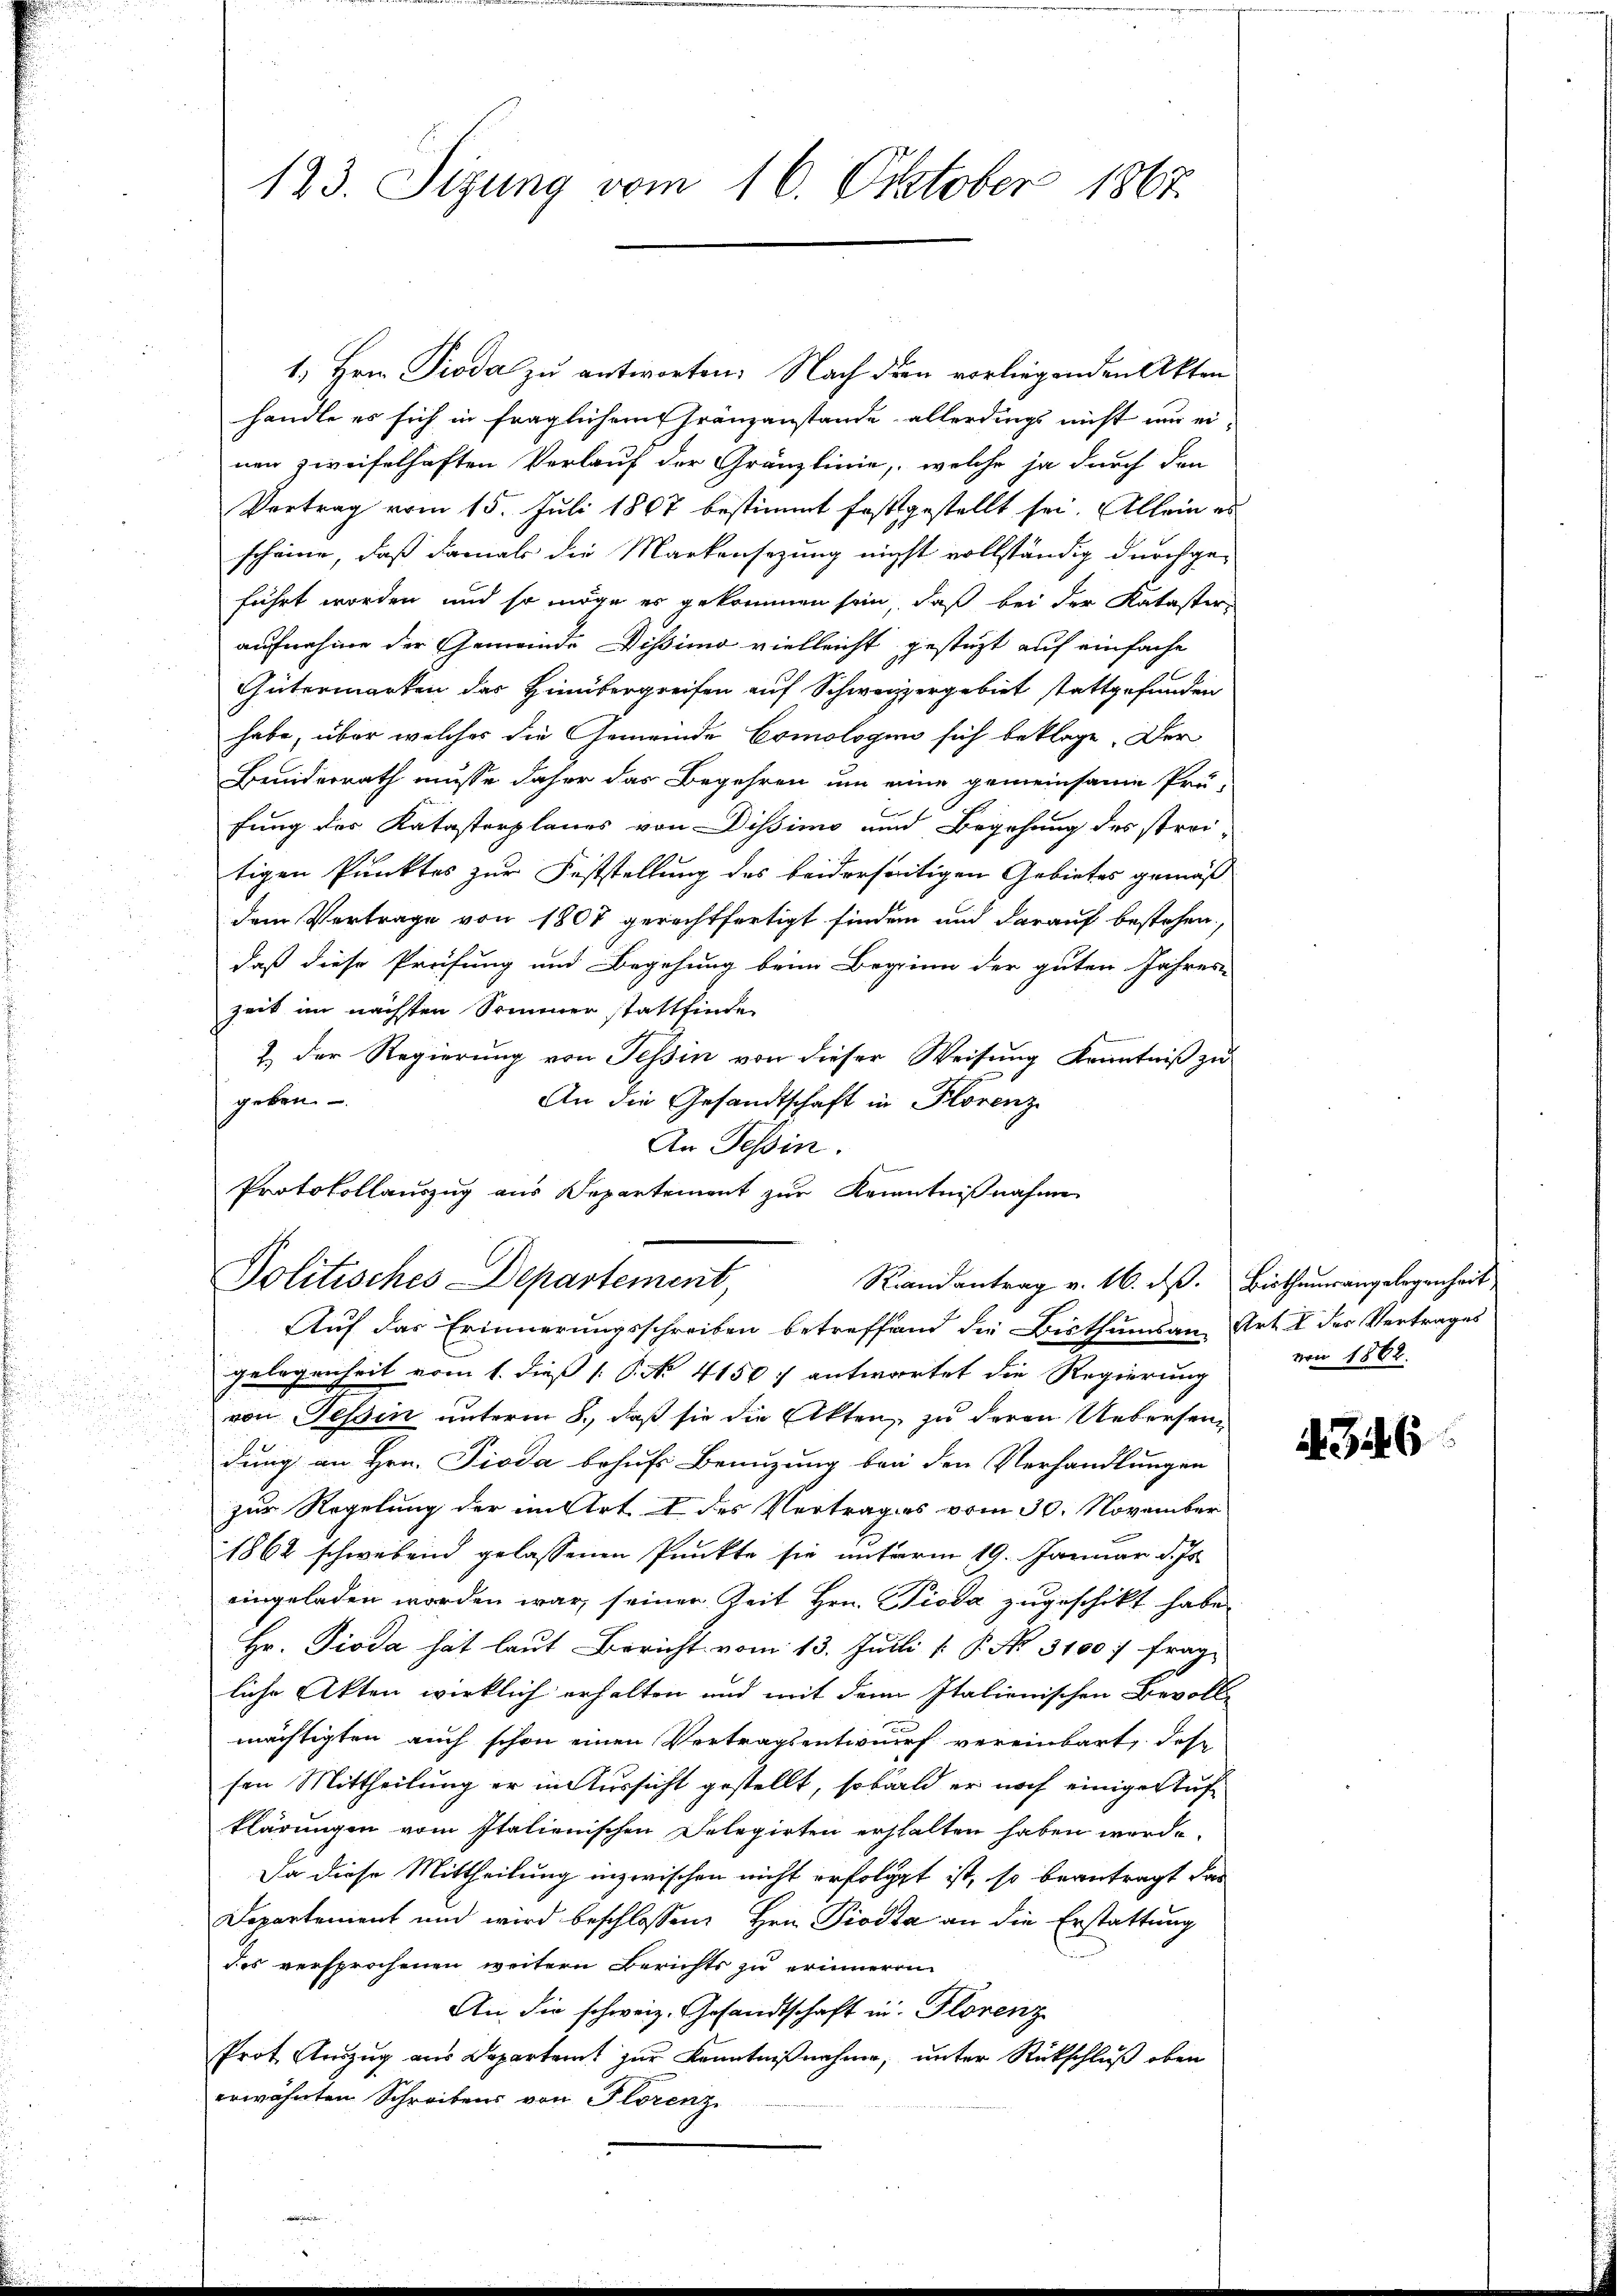
123. Sizung vom 16. Oktober 1867.

1. Hrn. Proda zu antworten: Nach der vorliegenden Akten
handle es sich in fraglichem Gränzanstande allerdings nicht nur einen zweifelhaften Verlauf der Gränzlinie, welche ja durch den
Vertrag vom 15. Juli 1867 bestimmt festgestellt sei. Allein es
scheine, daß damals die Markonsezung nicht vollständig durchge-
führt worden, und so möge es gekommen sein, daß bei der Kataster
aufnahme der Gemeinde Dissimo vielleicht gestüzt auf einfache
Gütermarken des Hinübergreifen auf Schweizergebiet stattgefunden
habe, über welcher die Gemeinde Comologen sich beklage. Der
Buniderrath müsse daher das Begehren um eine gemeinsame Prü-
fung des Katasterplanes von Dissimo und Begehung des strei-
tigen Punktes zur Feststellung des beiderseitigen Gebietes gemäß
dem Vertrage von 1807 gerechtfertigt finden und darauf bestehen,
daß diese Prüfung und Begehung beim Beginn der guten Jahres-
Zeit im nächsten Sommer stattfinde
1. Der Regierung von Tessin von dieser Weisung Kenntniß zu
geben.
An die Gesandtschaft in Florenz
An Tessin.
Protokollauszug aus Departement zur Kenntnißnahme
Politisches Departement,
Raandantrag v. 16. d. Bisthumsangelegenheit
Auf das Erinnerungsschreiben betreffend die Bisthums an Art. I des Vertrages
gelegenheit vom 1. dieß P. No. 4150. antwortet die Regierung von 1862
von Tessin unterm 8. daß sie die Akten, zu deren Uebersendung an Hrn. Pioda behufs Benuzung bei den Verhandlungen
zur Regelung der in Art I des Vertrages vom 30. November
1862 schwebend gelassenen Punkte sie unterm 19. Januar d. Js.
eingeladen worden war, seiner Zeit Hrn. Pioda zugeschikt habe
Hr. Pioda hat laut Bericht vom 13. Juli [ P. No. 3100. frage
liche Akten wirklich erhalten und mit dem Italienischen Bevoll-
mächtigten auch schon einen Vertragsentwurf vereinbart, das
sen Mittheilung er in Aussicht gestellt, sobald er noch einiger Aufklärungen vom Italienischen Delegirten erhalten haben werde.
Da diese Mittheilung inzwischen nicht erfolgt ist, so beantragt das
Departement und wird beschlossen, Hrn. Prosta an die Erstattung
des versprochenen weitern Berichts zu erinneren
An die schweiz. Gesandtschaft in Florenz
Prot. Auszug aus Departamt zur Kenntnißnahme, unter Rückschluß oben
erwähnten Schreibens von Florenz

A. 346